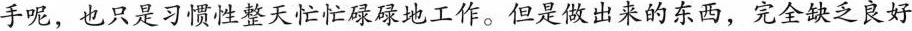
手呢，也只是习惯性整天忙忙碌碌地工作。但是做出来的东西，完全缺乏良好